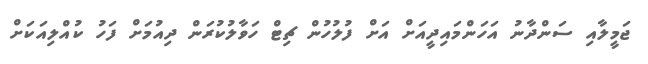
ޖަމީލާއި ސަންދާނު އަހަންމައިދީއަށް އަށް ފުލުހުން ޗިޓް ހަވާލުކުރަން ދިއުމަށް ފަހު ކުއްލިއަކަށް